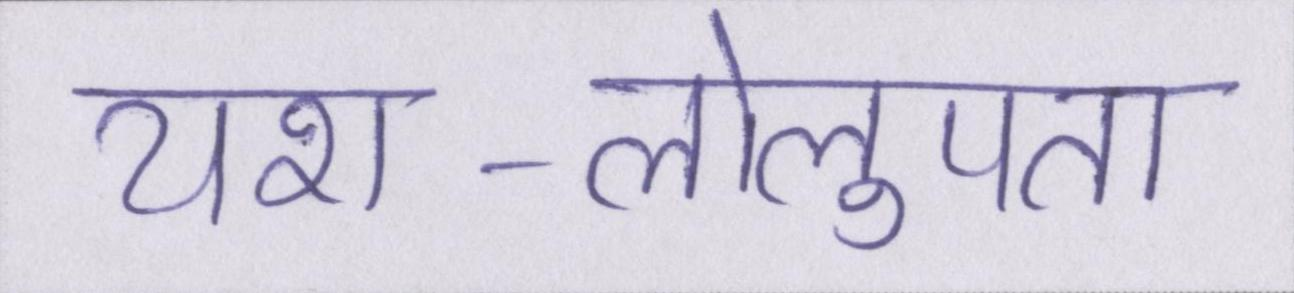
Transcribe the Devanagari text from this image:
यश-लोलुपता